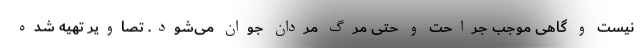
نیست و گاهی موجب جراحت و حتی مرگ مردان جوان می‌شود. تصاویر تهیه شده